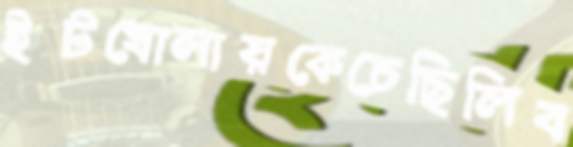
ইটখোলায়কেচেছিলিব